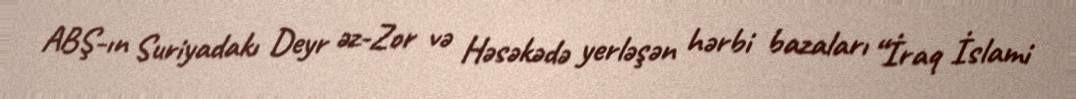
ABŞ-ın Suriyadakı Deyr əz-Zor və Həsəkədə yerləşən hərbi bazaları “İraq İslami